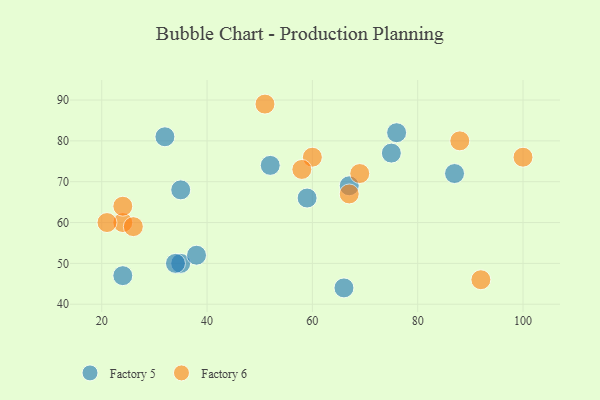
{"axis": {"x": "GDP", "y": "Life Expectancy"}, "legend": ["Factory 5", "Factory 6"], "data": [{"x": "67", "y": 69, "type": "Factory 5"}, {"x": "66", "y": 44, "type": "Factory 5"}, {"x": "35", "y": 50, "type": "Factory 5"}, {"x": "24", "y": 47, "type": "Factory 5"}, {"x": "38", "y": 52, "type": "Factory 5"}, {"x": "87", "y": 72, "type": "Factory 5"}, {"x": "34", "y": 50, "type": "Factory 5"}, {"x": "32", "y": 81, "type": "Factory 5"}, {"x": "35", "y": 68, "type": "Factory 5"}, {"x": "52", "y": 74, "type": "Factory 5"}, {"x": "59", "y": 66, "type": "Factory 5"}, {"x": "76", "y": 82, "type": "Factory 5"}, {"x": "75", "y": 77, "type": "Factory 5"}, {"x": "100", "y": 76, "type": "Factory 6"}, {"x": "51", "y": 89, "type": "Factory 6"}, {"x": "60", "y": 76, "type": "Factory 6"}, {"x": "67", "y": 67, "type": "Factory 6"}, {"x": "69", "y": 72, "type": "Factory 6"}, {"x": "88", "y": 80, "type": "Factory 6"}, {"x": "92", "y": 46, "type": "Factory 6"}, {"x": "24", "y": 60, "type": "Factory 6"}, {"x": "24", "y": 64, "type": "Factory 6"}, {"x": "26", "y": 59, "type": "Factory 6"}, {"x": "58", "y": 73, "type": "Factory 6"}, {"x": "21", "y": 60, "type": "Factory 6"}]}